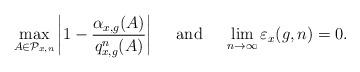
LaTeX: \begin{align*}\max_{A\in\mathcal{P}_{x,n}}\left|1-\frac{\alpha_{x,g}(A)}{q_{x,g}^{n}(A)}\right|\quad\textrm{ and }\quad\lim_{n\to\infty}\varepsilon_{x}(g,n)=0.\end{align*}